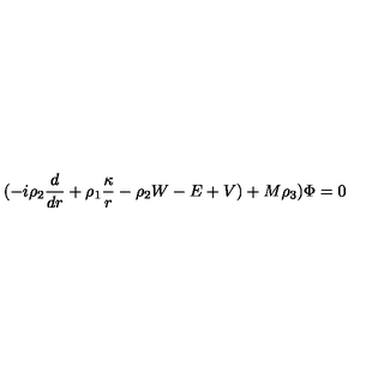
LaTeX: ( - i \rho _ { 2 } { \frac { d } { d r } } + \rho _ { 1 } { \frac { \kappa } { r } } - \rho _ { 2 } W - E + V ) + M \rho _ { 3 } ) \Phi = 0